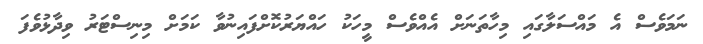
ނަމަވެސް އެ މައްސަލާގައި މިހާތަނަށް އެއްވެސް މީހަކު ހައްޔަރުކޮށްފައިނުވާ ކަމަށް މިނިސްޓަރު ވިދާޅުވެފަ